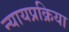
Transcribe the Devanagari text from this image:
न्यायप्रक्रिया